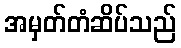
အမှတ်တံဆိပ်သည်